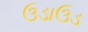
ઉડાઉડ